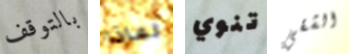
بالتوقف لماذا تنوي الشقي